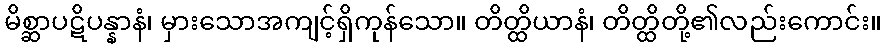
မိစ္ဆာပဋိပန္နာနံ၊ မှားသောအကျင့်ရှိကုန်သော။ တိတ္ထိယာနံ၊ တိတ္ထိတို့၏လည်းကောင်း။